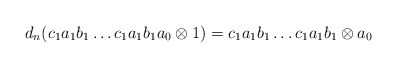
\begin{align*}d_n(c_1a_1b_1 \dots c_1a_1b_1a_0 \otimes 1) = c_1a_1b_1 \dots c_1a_1b_1 \otimes a_0 \end{align*}